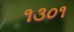
૧૩૦૧